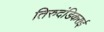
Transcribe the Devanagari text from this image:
तिरुदंडिकराई